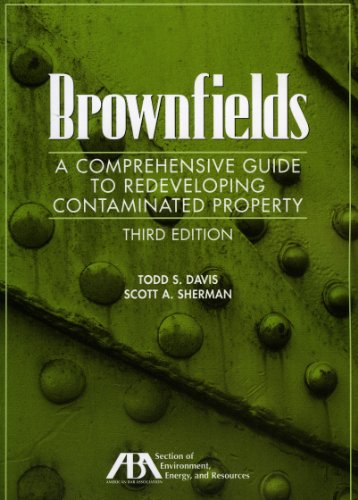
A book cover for Brownfields: A Comprehensive Guide to Redeveloping Contaminated Property; Law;